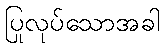
ပြုလုပ်သောအခါ